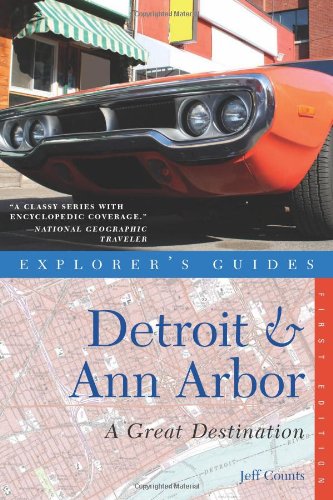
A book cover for Detroit & Ann Arbor: A Great Destination (Explorer's Guides); Jeff Counts; Travel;